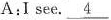
A:I see. \underline{4}